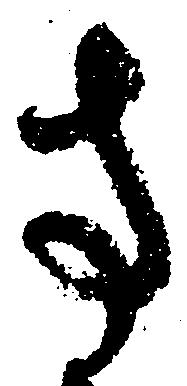
寺